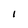
Character: 1